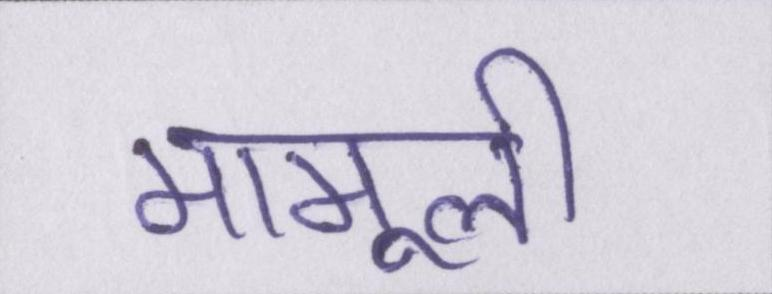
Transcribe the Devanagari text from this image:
मामूली